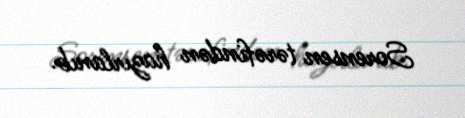
Sorensen tərəfindən hazırlanıb.